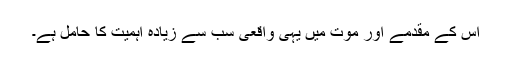
اس کے مقدمے اور موت میں یہی واقعی سب سے زیادہ اہمیت کا حامل ہے۔